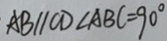
A B / / C D \angle A B C = 9 0 ^ { \circ }